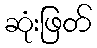
ဆုံးဖြတ်